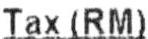
TAX(RM)